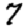
Digit: 7